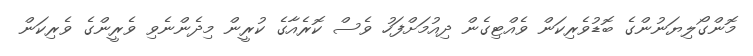
މޮންގޯލިޔަނުންގެ ބޮޑުވެރިކަން ވެއްޓިގެން ދިއުމަށްފަހު ވެސް ކޮރެއާގެ ކުރީން މިދެންނެވި ވެރީންގެ ވެރިކަން